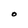
Character: O